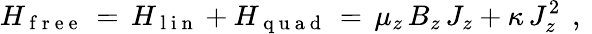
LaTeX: H_{\mathrm{~f~r~e~e~}}\, =\, H_{\mathrm{~l~i~n~}}+H_{\mathrm{~q~u~a~d~}}\, =\, \mu_{z}\, B_{z}\, J_{z}+\kappa\, J_{z}^{2}\, \mathrm{~,~}